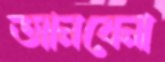
আনবেনা